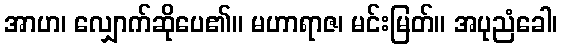
အာဟ၊ လျှောက်ဆိုပေ၏။ မဟာရာဇ၊ မင်းမြတ်။ အပုညံခေါ၊